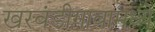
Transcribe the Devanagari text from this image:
खरवंडीगावामध्ये